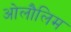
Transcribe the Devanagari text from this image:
ओलौलिम